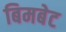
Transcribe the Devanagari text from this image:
बिमबेट